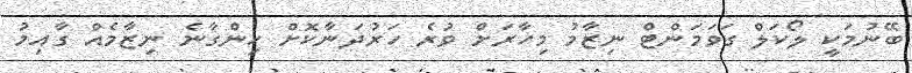
ބޭނުމަކީ ލޯކަލް ގަވަމަންޓް ނިޒާމު މިހާރަށް ވުރެ ހަރުދަނާކޮށް ހިންގާނެ ނިޒާމެއް ގާއިމު